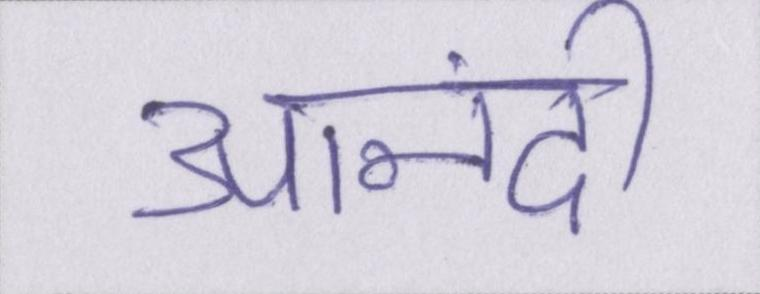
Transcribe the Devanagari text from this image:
आनंदी